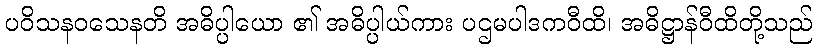
ပဝိသနဝသေနတိ အဓိပ္ပါယော ၏ အဓိပ္ပါယ်ကား ပဌမပါဒကဝီထိ၊ အဓိဋ္ဌာန်ဝီထိတို့သည်